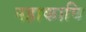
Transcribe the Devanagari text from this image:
महाकावि